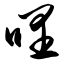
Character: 哩